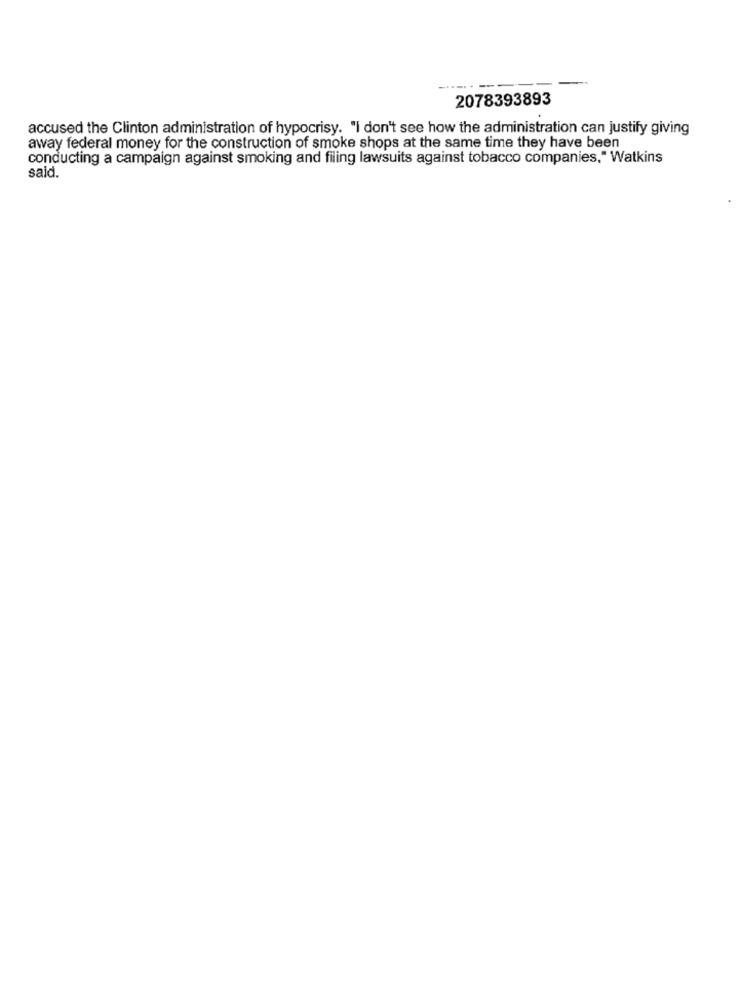
2078393893
accused the Clinton administration of hypocrisy. "I don't see how the administration can justify giving
away federal money for the construction of smoke shops at the same time they have been
conducting a campaign against smoking and filing lawsuits against tobacco companies," Watkins
said.